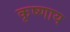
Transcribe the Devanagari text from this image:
कृष्णाय